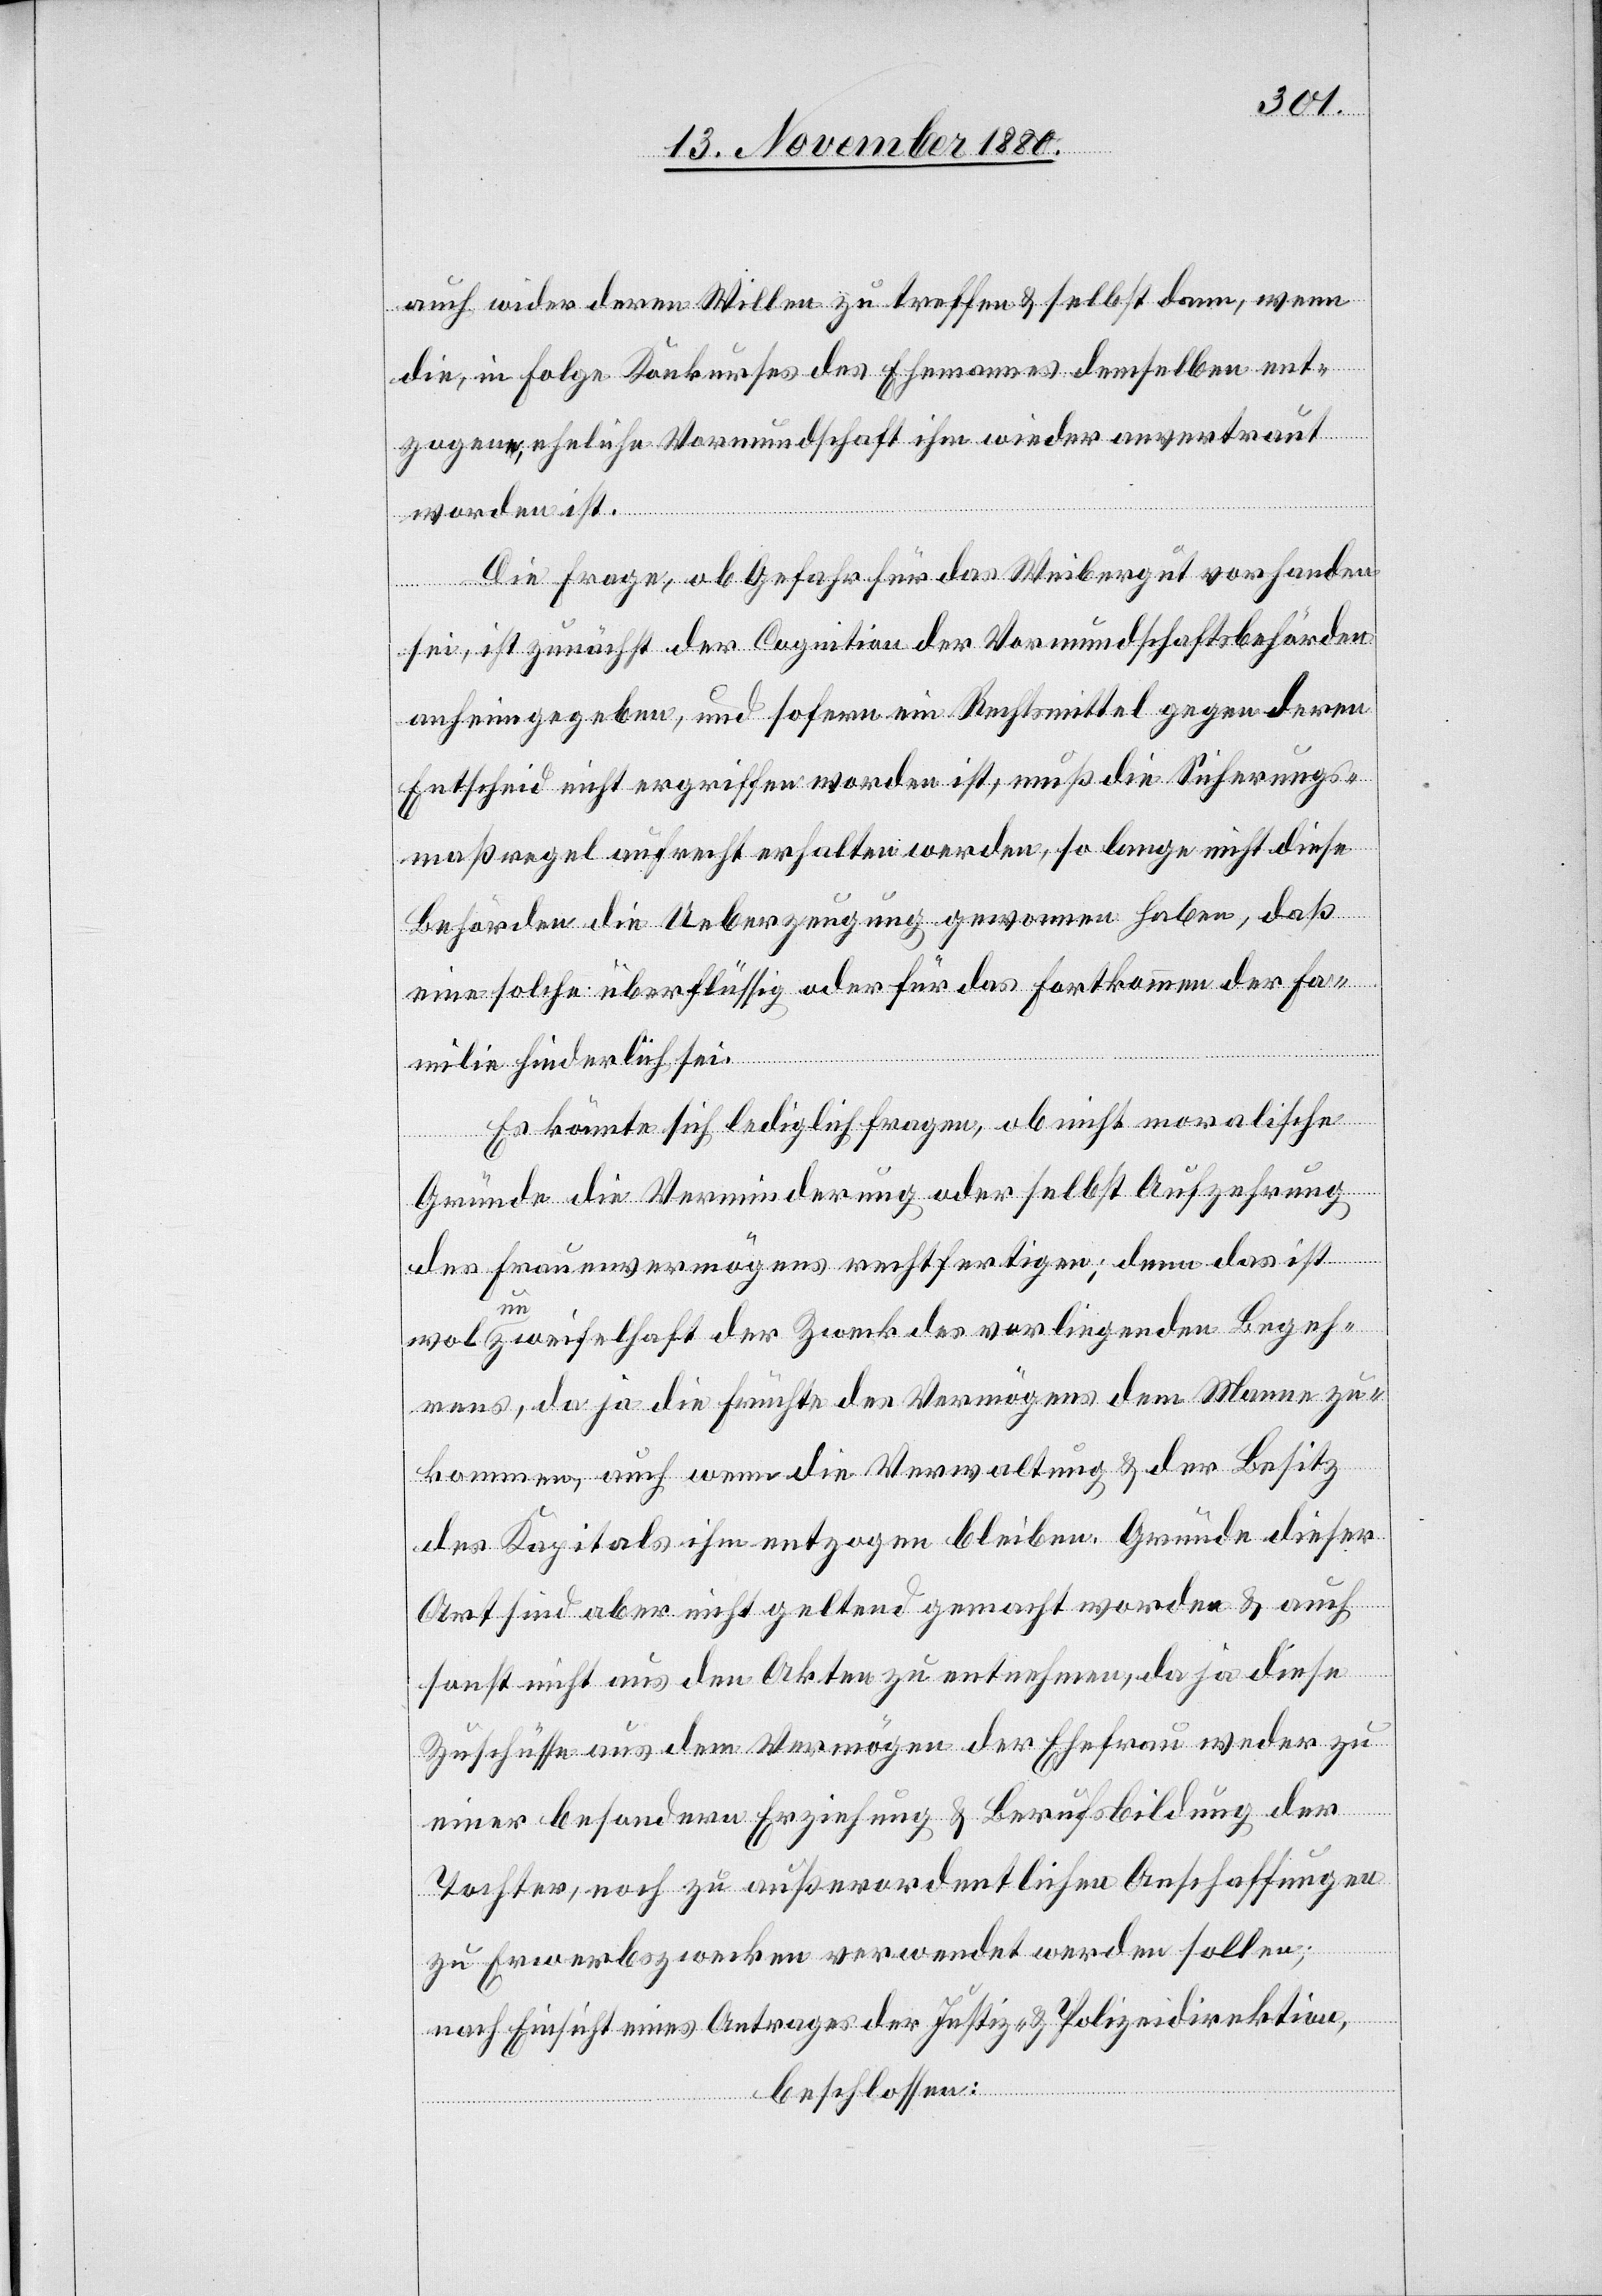
auf wider deren Willen zu treffen & selbst dann, wenn
die, in Folge Konkurses des Ehemannes demselben ent¬
zogen, eheliche Vormundschaft ihm wieder anvertraut
worden ist.
Die Frage, ob Gefahr für das Weibergut vorhanden
sei, ist zunächst der Cognition der Vormundschaftsbehörden
anheim gegeben, und sofern ein Rechtsmittel gegen deren
Entscheid nicht ergriffen worden ist, muß die Sicherungs¬
maßregel aufrecht erhalten werden, so lange nicht diese
Behörden die Ueberzeugung gewonnen haben, daß
eine solche überflüssig oder für das Fortkommen der Fa¬
milie hinderlich sei.
Es könnte sich lediglich fragen, ob nicht moralische
Gründe die Verminderung oder selbst Aufzehrung
des Frauenvermögens rechtfertigen; denn das ist
unzweifelhaft der Zweck des vorliegenden Begeh¬
rens, da ja die Früchte des Vermögens dem Mann zu¬
wo
kommen, auch wenn die Verwaltung & der Besitz
des Kapitals ihm entzogen bleiben. Gründe dieser
Art sind aber nicht geltend gemacht worden & auch
sonst nicht aus den Akten zu entnehmen, da ja diese
Zuschüsse aus dem Vermögen der Ehefrau weder zu
einer besondern Erziehung & Berufsbildung der
Tochter, noch zu außerordentlichen Anschaffungen
zu Erwerbszwecken verwendet werden sollen;
nach Einsicht eines Antrages der Justiz- & Polizeidirektion,
beschlossen: